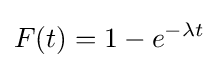
F(t)=1-e^{-\lambda t}